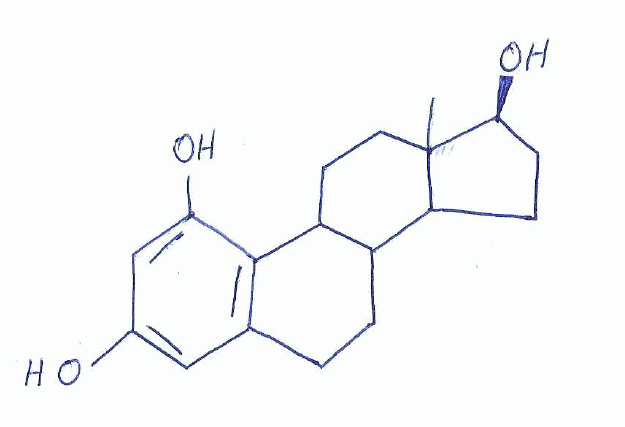
Simplified molecular-input line-entry system (SMILES) notation of the given molecule:
CC12CCC3C(C1CC[C@@H]2O)CCC4=C3C(=CC(=C4)O)O